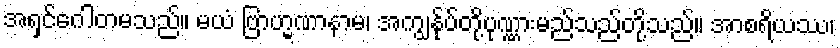
အရှင်ဂေါတမသည်။ မယံ ဗြာဟ္မဏာနာမ၊ အကျွန်ုပ်တို့ပုဏ္ဏားမည်သည်တို့သည်။ အာစရိယဿ၊